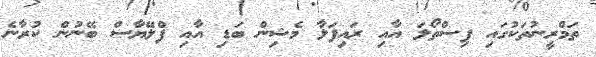
ތަމްރީނުތަކުގައި ފިސްތޯލަ އާއި ރައިފަލާ މެޝިން ބަޑި އާއި ފްލޭޔާސް ބޭނުން ކުރާނެ